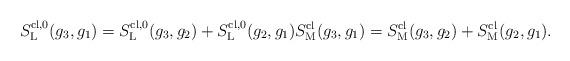
LaTeX: \begin{align*}S^{{\rm cl},0}_{{\rm L}}(g_3,g_1)=S^{{\rm cl},0}_{{\rm L}}(g_3,g_2)+S^{{\rm cl},0}_{{\rm L}}(g_2,g_1)S^{\rm cl}_{\rm M}(g_3,g_1)=S^{\rm cl}_{\rm M}(g_3,g_2)+S^{\rm cl}_{\rm M}(g_2,g_1).\end{align*}